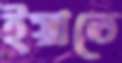
ইয়াতে